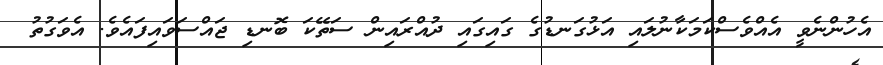
އެހުންނެވީ އެއްވެސްކަމަކާނުލައި އަޅުގަނޑުގެ ގައިގައި ދުއްރައިން ސަތޭކަ ބޮނޑި ޖައްސަވައިފައެވެ. އެވަގުތު